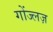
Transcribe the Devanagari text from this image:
गोंज्लज़